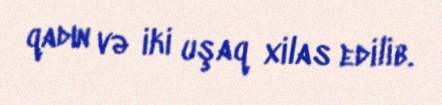
qadın və iki uşaq xilas edilib.